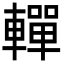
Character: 䡲